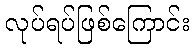
လုပ်ရပ်ဖြစ်ကြောင်း